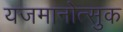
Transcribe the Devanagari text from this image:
यजमानोत्सुक